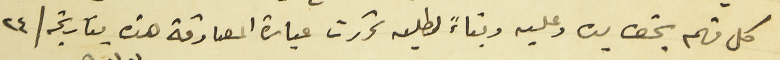
كل منهم بحق يده وعليه وبناءً لطلبه تحررت عبارة المصادقة هذه بتاريخه / ٢٤